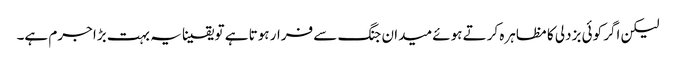
لیکن اگر کوئی بزدلی کا مظاہرہ کرتے ہوئے میدان جنگ سے فرار ہوتا ہے تو یقینا یہ بہت بڑا جرم ہے۔